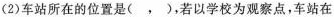
(2)车站所在的位置是( ，)，若以学校为观察点，车站在